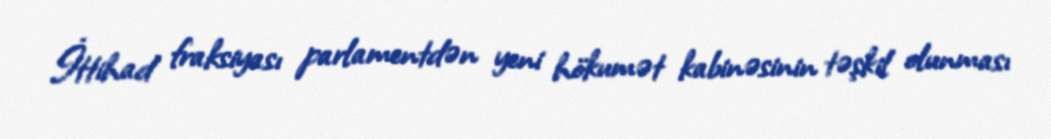
İttihad fraksiyası parlamentdən yeni hökumət kabinəsinin təşkil olunması